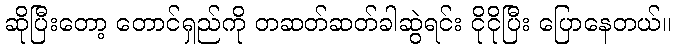
ဆိုပြီးတော့ တောင်ရှည်ကို တဆတ်ဆတ်ခါဆွဲရင်း ငိုငိုပြီး ပြောနေတယ်။